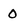
Character: 0